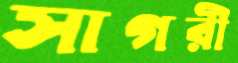
সাগরী